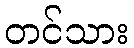
တင်သား